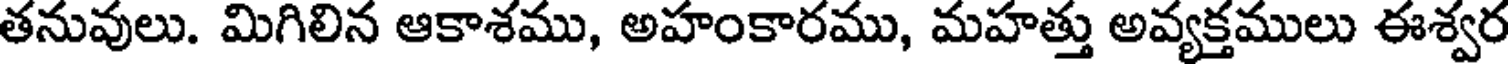
తనువులు. మిగిలిన ఆకాశము, అహంకారము, మహత్తు అవ్యక్తములు ఈశ్వర